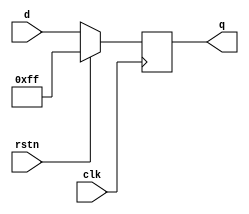

module ebi_dffr
#(
    parameter WIDTH = 8
)
(
    input                       clk,
    input                       rstn,
    input       [WIDTH-1:0]     d,
    output      [WIDTH-1:0]     q
);

reg    [WIDTH-1:0] dff_q;

always @(posedge clk) begin
    if(rstn)begin
        dff_q <= {WIDTH{1'b1}};
    end
    else begin
        dff_q <= d;
    end
end

assign  q = dff_q;
endmodule